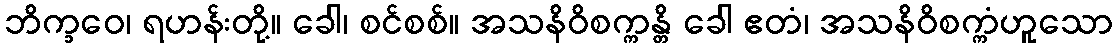
ဘိက္ခဝေ၊ ရဟန်းတို့။ ခေါ၊ စင်စစ်။ အသနိဝိစက္ကန္တိ ခေါ ဧတံ၊ အသနိဝိစက္ကံဟူသော